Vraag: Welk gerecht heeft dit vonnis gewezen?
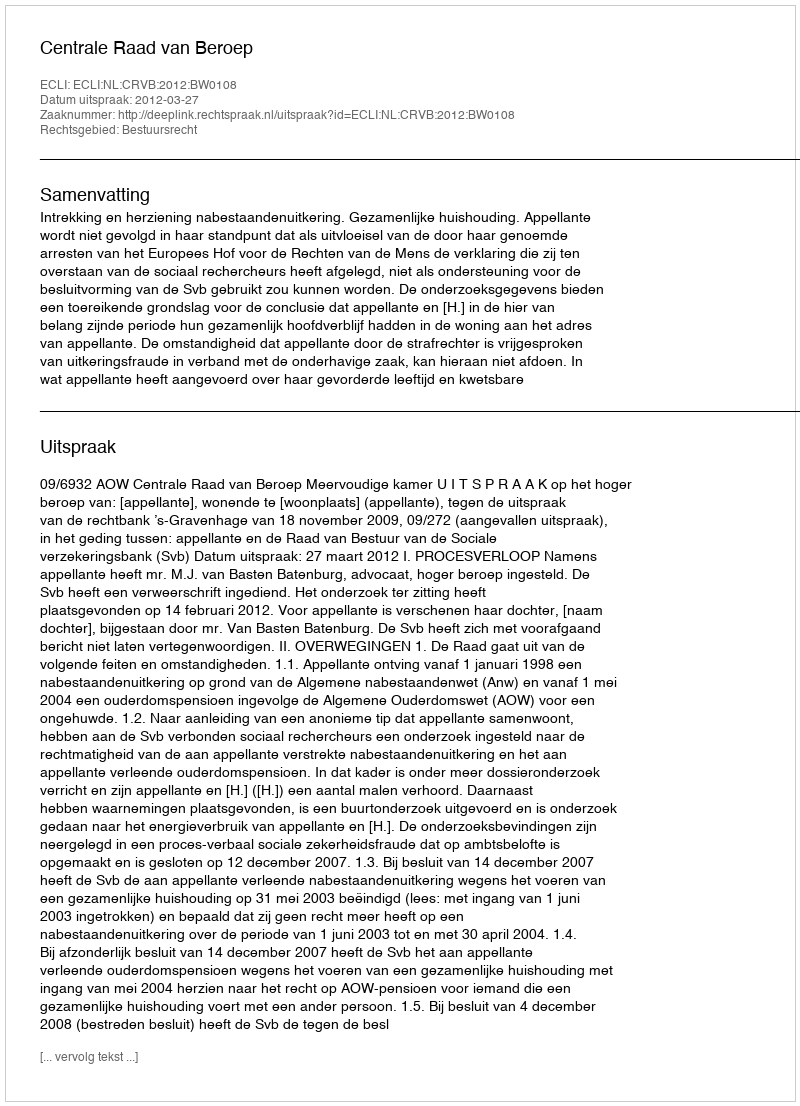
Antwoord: Centrale Raad van Beroep